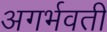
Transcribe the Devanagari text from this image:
अगर्भवती